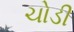
ચોડી